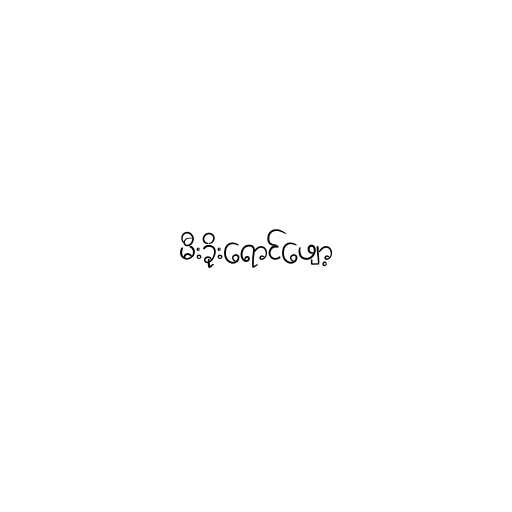
မီးခိုးရောင်ဖျော့